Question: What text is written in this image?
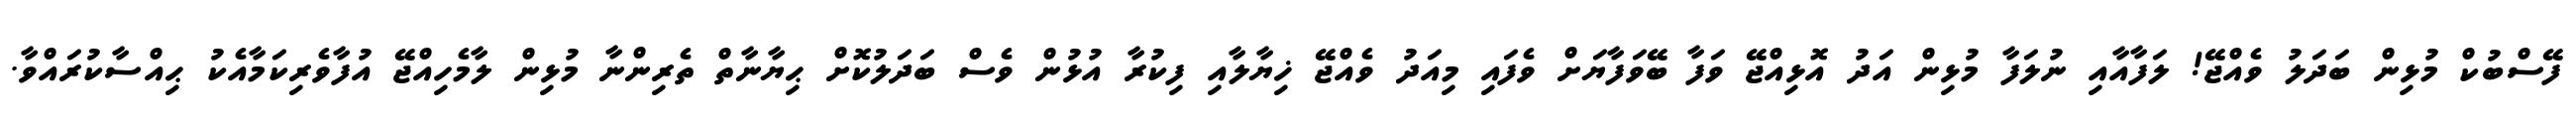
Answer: ފޭސްބުކް މުޅިން ބަދަލު ވެއްޖޭ! ލަފާއާއި ނުލަފާ މުޅިން އަދު އޮޅިއްޖޭ ވަފާ ބޭވަފާޔަށް ވެފައި މިއަދު ވެއްޖޭ ޚިޔާލާއި ފިކުރާ އުޅުން ވެސް ބަދަލުކޮށް ޙިޔާނާތް ތެރިންނާ މުޅިން ލާމެހިއްޖޭ އުފާވެރިކަމާއެކު ޙިއްސާކުރައްވާ.